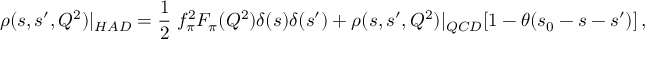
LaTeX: \rho ( s , s ^ { \prime } , Q ^ { 2 } ) | _ { H A D } = \frac { 1 } { 2 } \; f _ { \pi } ^ { 2 } F _ { \pi } ( Q ^ { 2 } ) \delta ( s ) \delta ( s ^ { \prime } ) + \rho ( s , s ^ { \prime } , Q ^ { 2 } ) | _ { Q C D } [ 1 - \theta ( s _ { 0 } - s - s ^ { \prime } ) ] \, ,